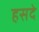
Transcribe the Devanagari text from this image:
हसदे